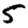
Digit: 5